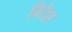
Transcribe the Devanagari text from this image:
विरेट्टा